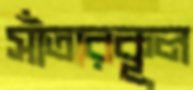
সাঁতারকূল